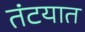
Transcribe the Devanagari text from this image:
तंटयात